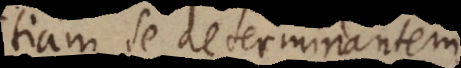
etiam se determinantem.